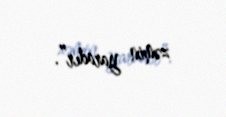
zəmin yaradır”.